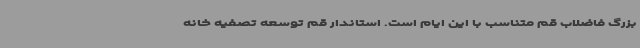
بزرگ فاضلاب قم متناسب با این ایام است. استاندار قم توسعه تصفیه خانه